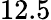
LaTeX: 12.5